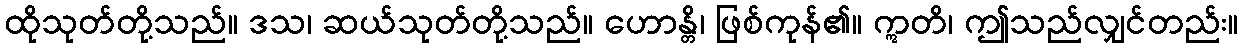
ထိုသုတ်တို့သည်။ ဒသ၊ ဆယ်သုတ်တို့သည်။ ဟောန္တိ၊ ဖြစ်ကုန်၏။ ဣတိ၊ ဤသည်လျှင်တည်း။